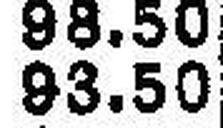
93.50